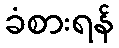
ခံစားရန်